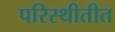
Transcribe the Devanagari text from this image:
परिस्थीतीत